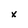
Character: x